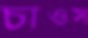
চাওস